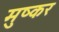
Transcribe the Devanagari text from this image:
मुष्कर